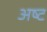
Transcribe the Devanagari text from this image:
अष्‍ट